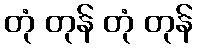
တုံ တုန် တုံ တုန်